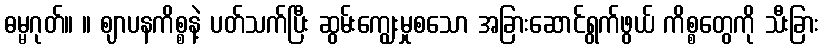
ဓမ္မဂုတ်။ ။ ဈာပနကိစ္စနဲ့ ပတ်သက်ပြီး ဆွမ်းကျွေးမှုစသော အခြားဆောင်ရွက်ဖွယ် ကိစ္စတွေကို သီးခြား